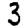
Digit: 3